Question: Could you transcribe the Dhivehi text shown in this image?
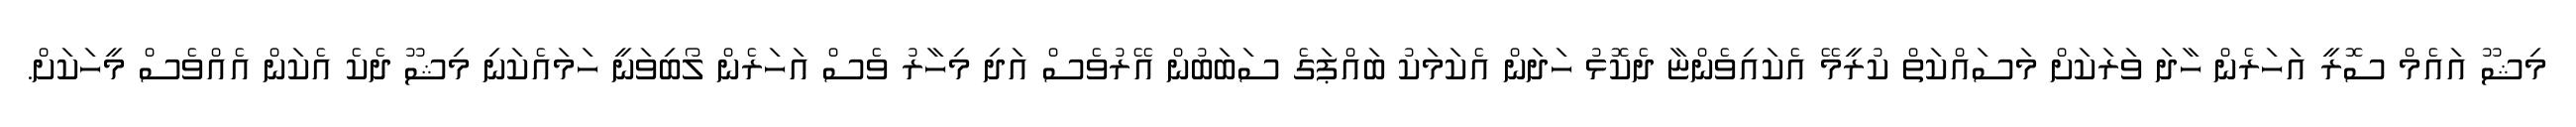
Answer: މިޝޫ އައެމް ސޮރީ އަހަރެން ހާދަ ވަރަކަށް މަސައްކަތް ކުރީމޭ އެކައިވެންޏާ ދެކޮޅު ހަދަން އެކަމަކު ބައްޕަގެ ސަބަބުން އޭރުވެސް އަދި މިހާރު ވެސް އަހަރެން ލޯބިވަނީ ހަމައެކަނި މިޝޫ ދެކެ އެކަން އެއްވެސް މީހަކަށް.